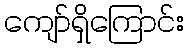
ကျော်ရှိကြောင်း